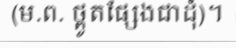
(ម.ព. ថ្ពូតផ្សែងជាដុំ)។